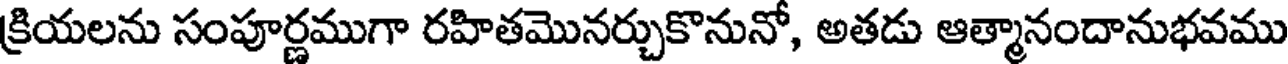
క్రియలను సంపూర్ణముగా రహితమొనర్చుకొనునో, అతడు ఆత్మానందానుభవము